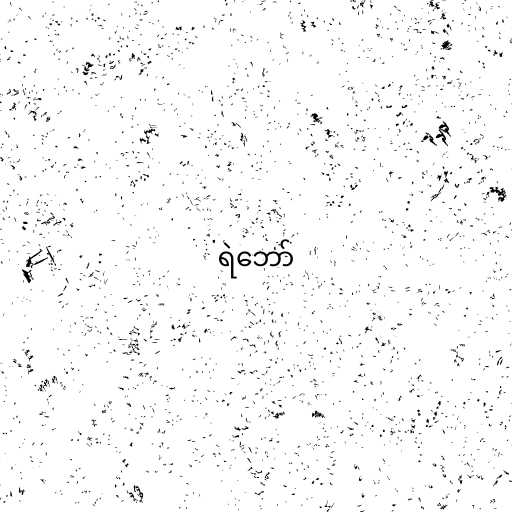
ရဲဘော်